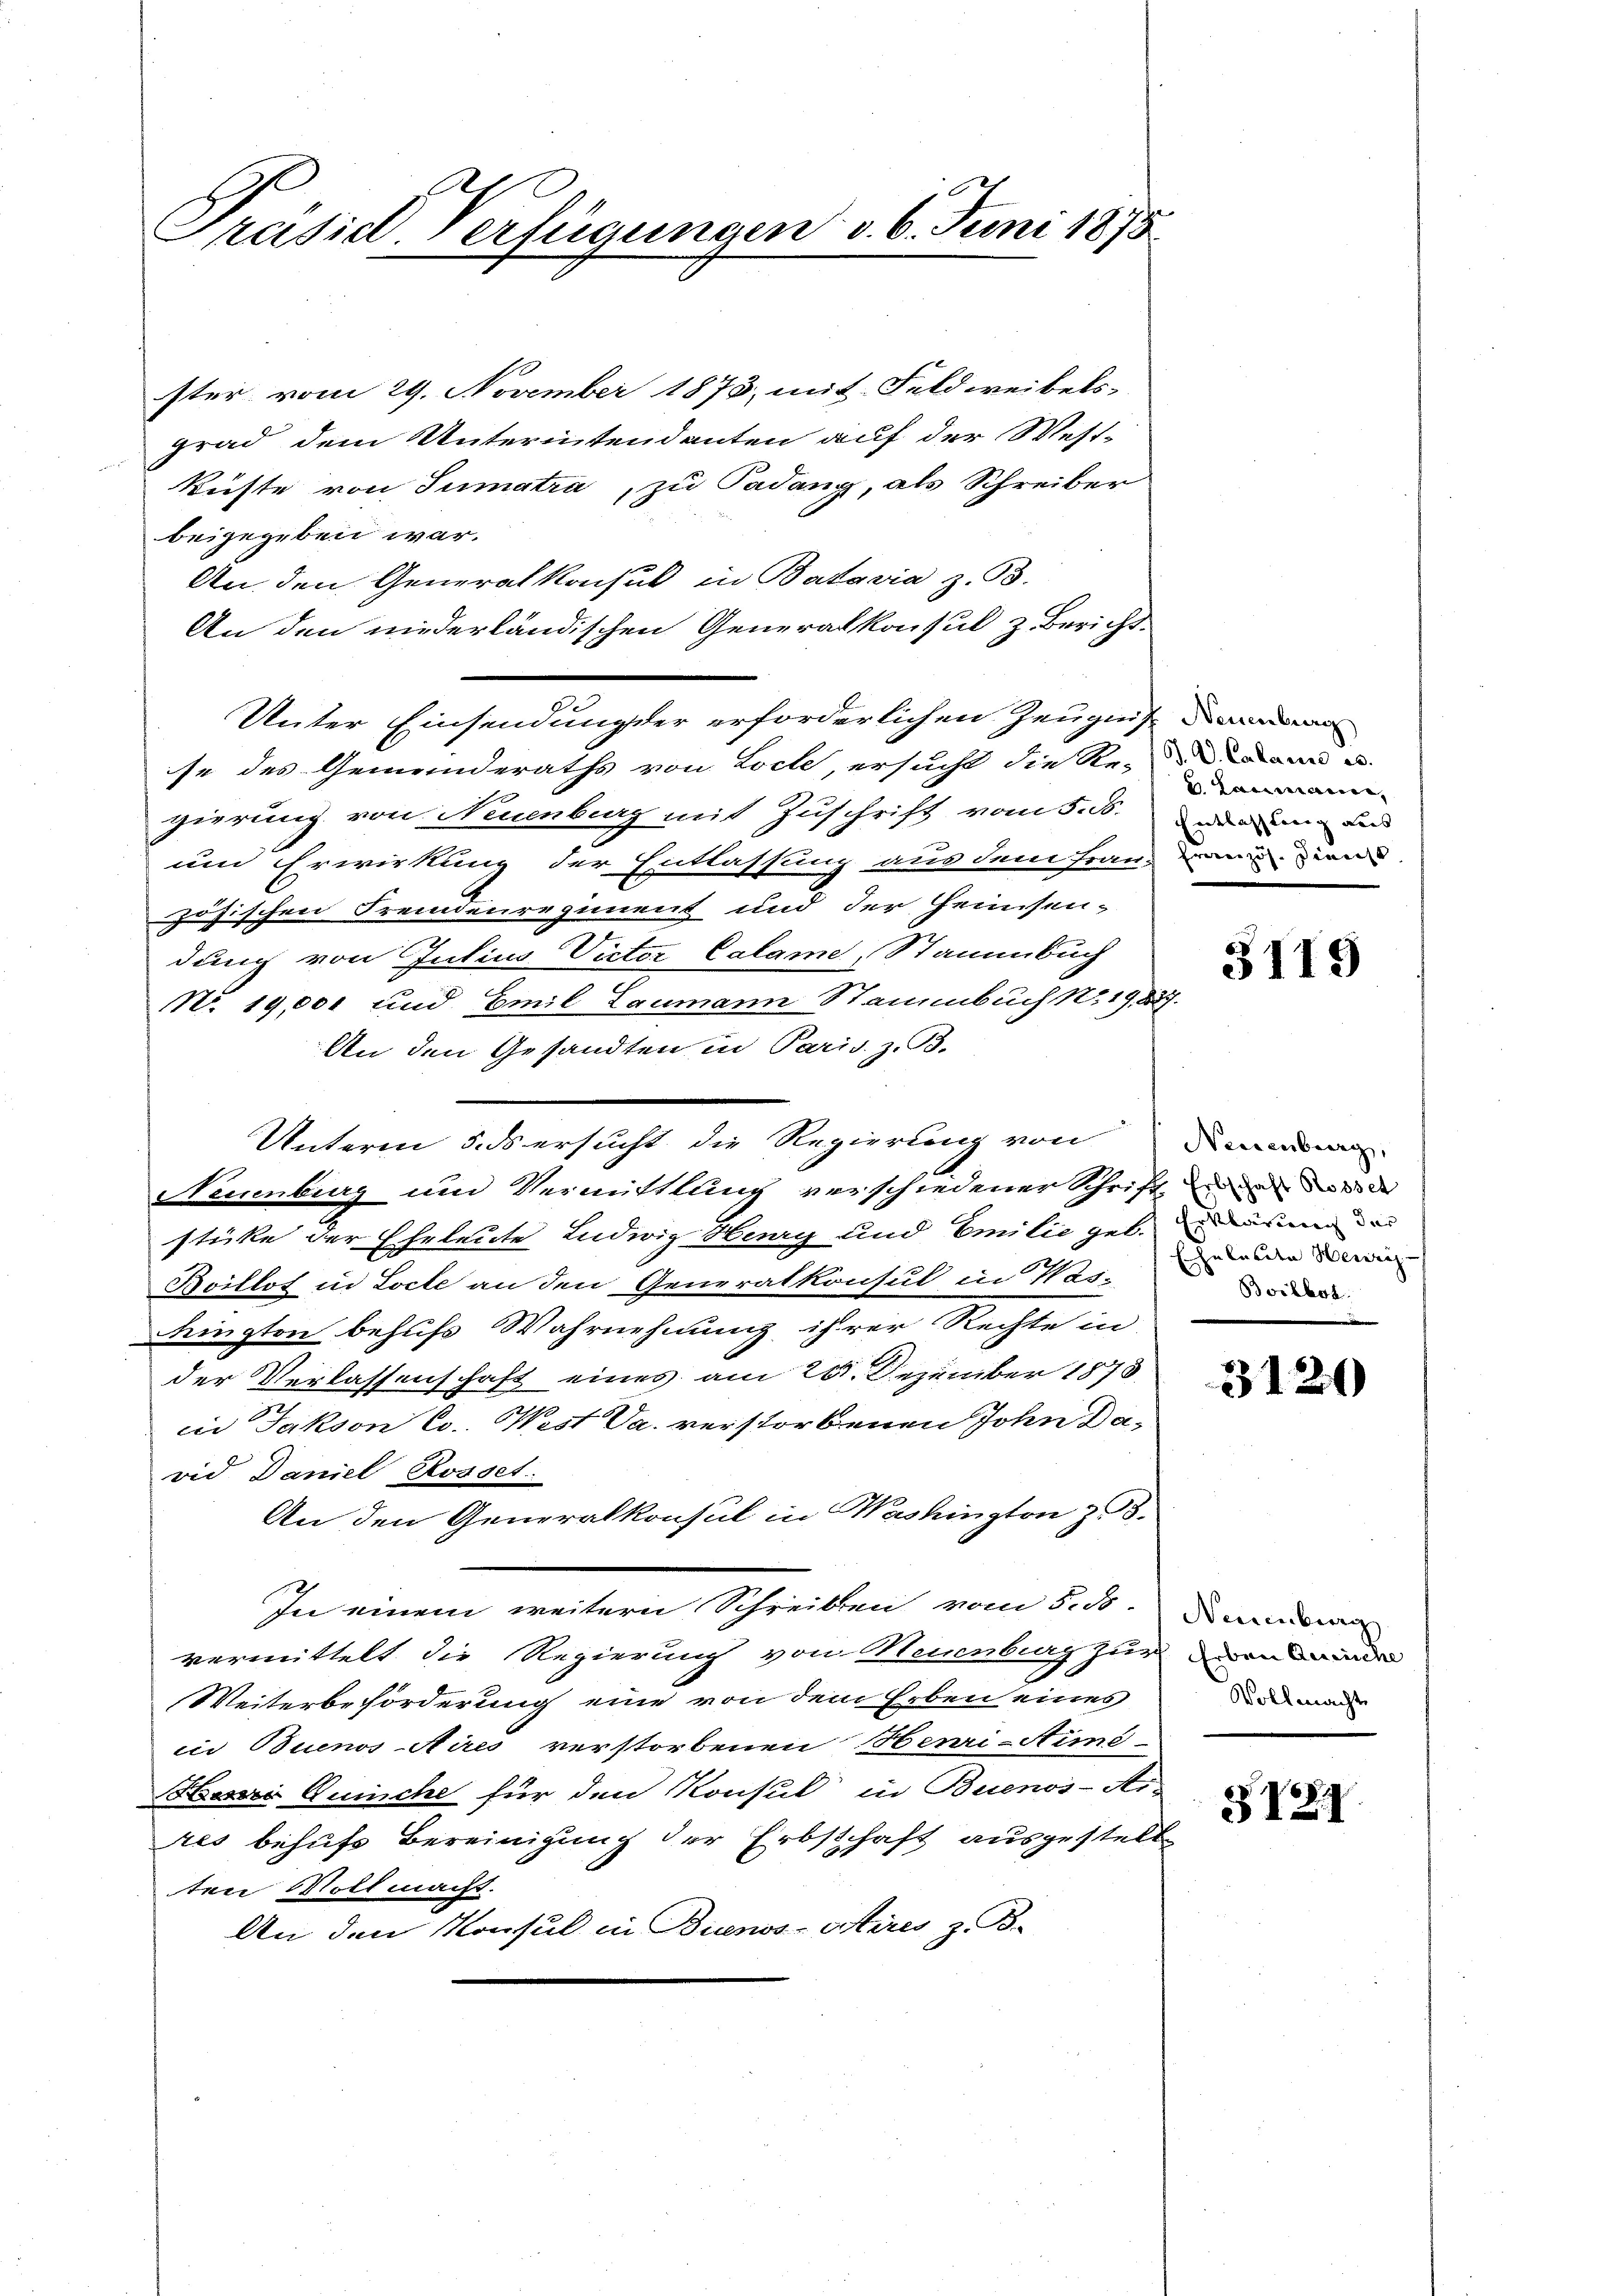
f
Präsid. Verfügungen v. 6. Juni 1875

ster vom 29. November 1873, mit Feldweibels-
grad dem Unterintendanten auf der West-
küste von Sumatra, zu Padang, als Schreiber
beigegeben war.
An. den Generalkonsul in Batavia z. B.
An den niederländischen Generalkonsul z Bericht.
Unter Einsendung der erforderlichen Zeugnis an
se des Gemeinderaths von Loch, ersucht die Re- dann u.
gierung von Neuenburg mit Zuschrift vom 5. d.
und Erwirkung der Entlassung aus dem Frau, den u. Dien
zösischen Fremdenregiment und der Heimsen-
dung von Julius Victor Calame, Stammbuch
No. 19,001 und Emil Zaumann Stammbuch No 19. 227.
An den Gesandten in Paris. z. B.
Unterm 5. ds ersucht die Regierung von
Neuenburg und Vermittlung verschiedener Schrift zu der Forde
stüke der Eheleute Ludwig Henry und Emilie geb. in
Boillot in Locte an den Generalkonsul in Was-
Frington behufs Wahrnehmung ihrer Rechte in
der Verlassenschaft eines am 20. Dezember 1873
in Jakson Co. West da. verstorbenen John David Daniel Rosset.
An den Generalkonsul in Washington zu 3.
In einem weitern Schreiben vom 5. d. Damen
vermittelt die Regierung von Neuenburg zur
Weiterbeförderung eine von dem Erben eines
iin Buenos Aires verstorbenen Henri-Aims-
esr Dunche für den Konsul in Buenos-Ai-
res behufs Bereinigung der Erbschaft ausgestell
ten Mott macht.
An den Konsul in Buenos-Ayres z. B.

Laimann,
Entlasstung aus

3119

Neuenburg,
zuladen Herreg
Boilbot.

3120

Erben Aussche
Vollmachte

V